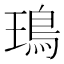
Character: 鳿